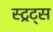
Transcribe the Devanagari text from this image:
स्ट्रट्स